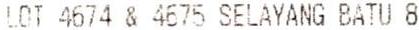
LOT 4674 & 4675 SELAYANG BATU 8